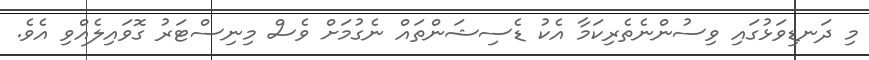
މި ދަނޑިވަޅުގައި ވިސުންނެތެރިކަމާ އެކު ޑެސިޝަންތައް ނެގުމަށް ވެސް މިނިސްޓަރު ގޮވައިލެއްވި އެވެ.